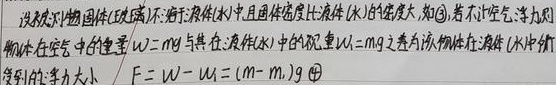
设不规则物体（或圆球）浸入液体水中，且固体密度比液体（水）的密度大，如图。若不计空气，浮力则为物体在空气中的重量\(w = mg\)与其在液体（水）中的视重\(w_1 = m_1g\)之差，该物体在液体（水）中所受到的浮力大小为\(F = w - w_1=(m - m_1)g\)。